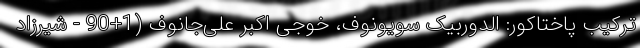
ترکیب پاختاکور: الدوربیک سویونوف، خوجی اکبر علی‌جانوف (1+90 - شیرزاد